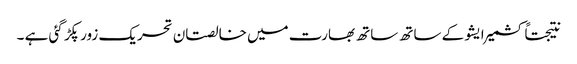
نتیجتاً کشمیر ایشو کے ساتھ ساتھ بھارت میں خالصتان تحریک زور پکڑ گئی ہے ۔